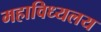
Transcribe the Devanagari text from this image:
महाविध्यलय